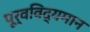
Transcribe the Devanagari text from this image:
पूर्वविद्यमान